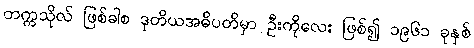
တက္ကသိုလ် ဖြစ်ခါစ ဒုတိယအဓိပတိမှာ ဦးကိုလေး ဖြစ်၍ ၁၉၆၁ ခုနှစ်